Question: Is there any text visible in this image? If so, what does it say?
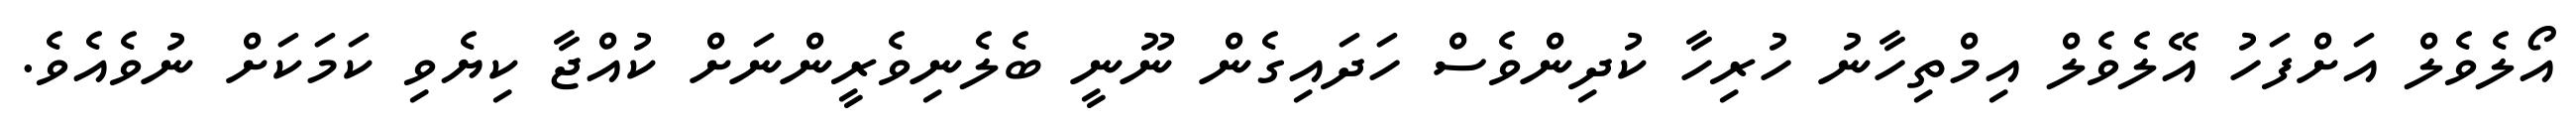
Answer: އޯލެވެލް އަށްފަހު އޭލެވެލް އިމްތިހާނު ހުރިހާ ކުދިންވެސް ހަދައިގެން ނޫނީ ބެލެނިވެރީންނަށް ކުއްޖާ ކިޔެވި ކަމަކަށް ނުވެއެވެ.